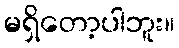
မရှိတော့ပါဘူး။